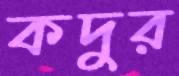
কদুর